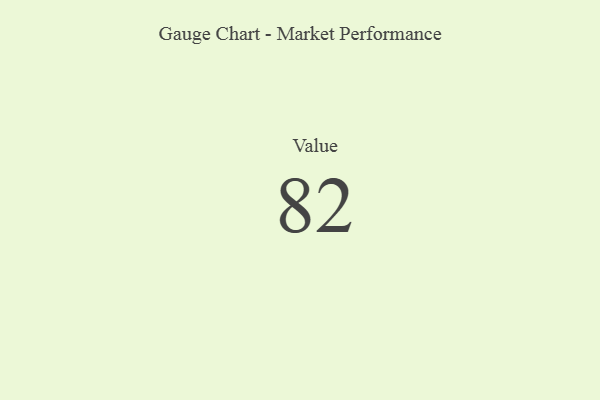
{"axis": {"x": "Metric", "y": "Value"}, "legend": [""], "data": [{"x": "Value", "y": 82, "type": ""}]}